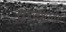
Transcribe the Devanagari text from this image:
सुरक्शावर